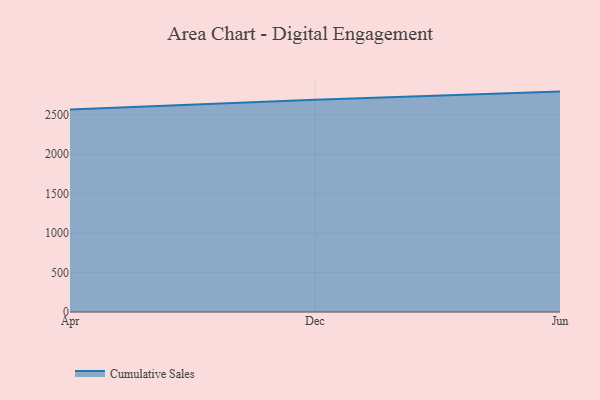
{"axis": {"x": "Month", "y": "Active Users"}, "legend": ["Cumulative Sales"], "data": [{"x": "Apr", "y": 2568.2, "type": "Cumulative Sales"}, {"x": "Dec", "y": 2690.2, "type": "Cumulative Sales"}, {"x": "Jun", "y": 2794.6, "type": "Cumulative Sales"}]}